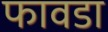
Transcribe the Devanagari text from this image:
फावडा